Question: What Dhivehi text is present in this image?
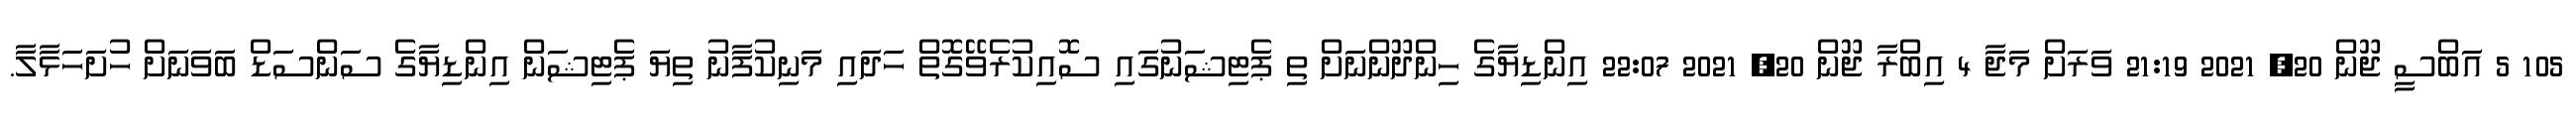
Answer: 105 5 އަބްސީ ޖޫން 20, 2021 21:19 ވަރަށް މަޖާ 4 އިބްރާ ޖޫން 20, 2021 22:07 އިންޑިޔާގެ ހިންދޫންނަށް ތި ޕެޓިޝަނުގައި ސޮއިކުރެވޭގޮތް ހަދައި މަނިކުފާނު ތިޔަ ޕެޓިޝަން އިންޑިޔާގެ ސަންސަޑް ބަވަނަށް ހުށަހަޅާލާ.